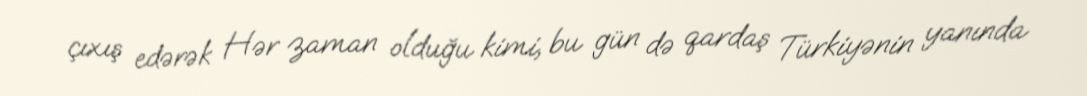
çıxış edərək Hər zaman olduğu kimi, bu gün də qardaş Türkiyənin yanında